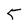
Character: 5